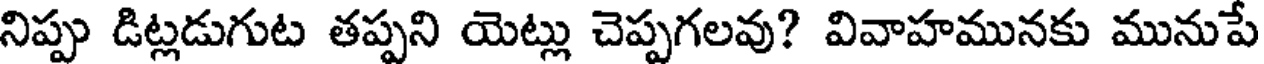
నిప్పు డిట్లడుగుట తప్పని యెట్లు చెప్పగలవు? వివాహమునకు మునుపే